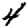
Digit: 4